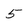
Character: 5